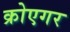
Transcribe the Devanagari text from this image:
क्रोएगर